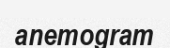
anemogram